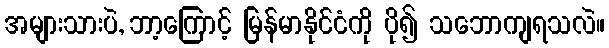
အများသားပဲ, ဘာ့ကြောင့် မြန်မာနိုင်ငံကို ပို၍ သဘောကျရသလဲ။